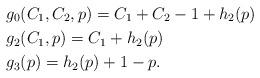
LaTeX: \begin{align*}&g_0(C_1,C_2,p)=C_1+C_2-1+h_2(p)\\&g_2(C_1,p)=C_1+h_2(p)\\&g_3(p)=h_2(p)+1-p.\end{align*}